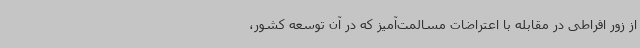
از زور افراطی در مقابله با اعتراضات مسالمت‌آمیز که در آن توسعه کشور،